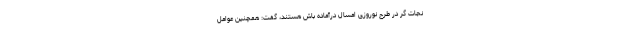
نجات گر در طرح نوروزی امسال درآماده باش هستند، گفت:‌ همچنین عوامل